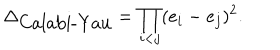
LaTeX: \Delta _ { \mathrm { C a l a b i - Y a u } } = \prod _ { i < j } ( e _ { i } - e _ { j } ) ^ { 2 } .